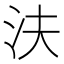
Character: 𰛎